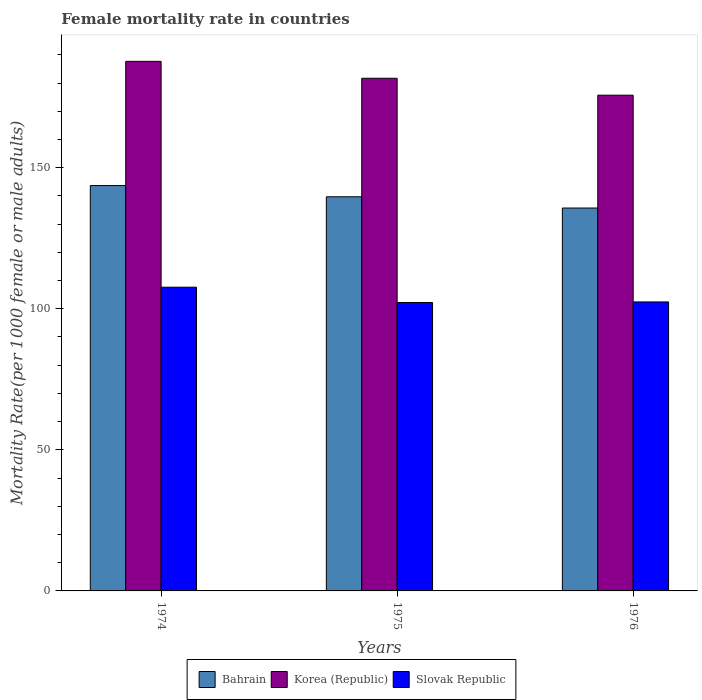
| Years | Bahrain | Korea (Republic) | Slovak Republic |
 | --- | --- | --- | --- |
 | 1974 | 144 | 188 | 108 |
 | 1975 | 140 | 182 | 102 |
 | 1976 | 136 | 176 | 102 |